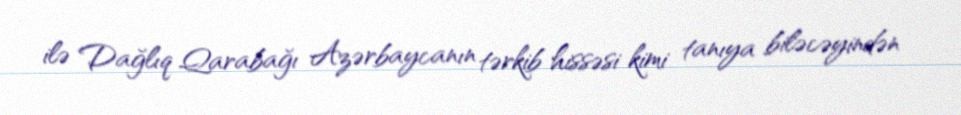
ilə Dağlıq Qarabağı Azərbaycanın tərkib hissəsi kimi tanıya biləcəyindən